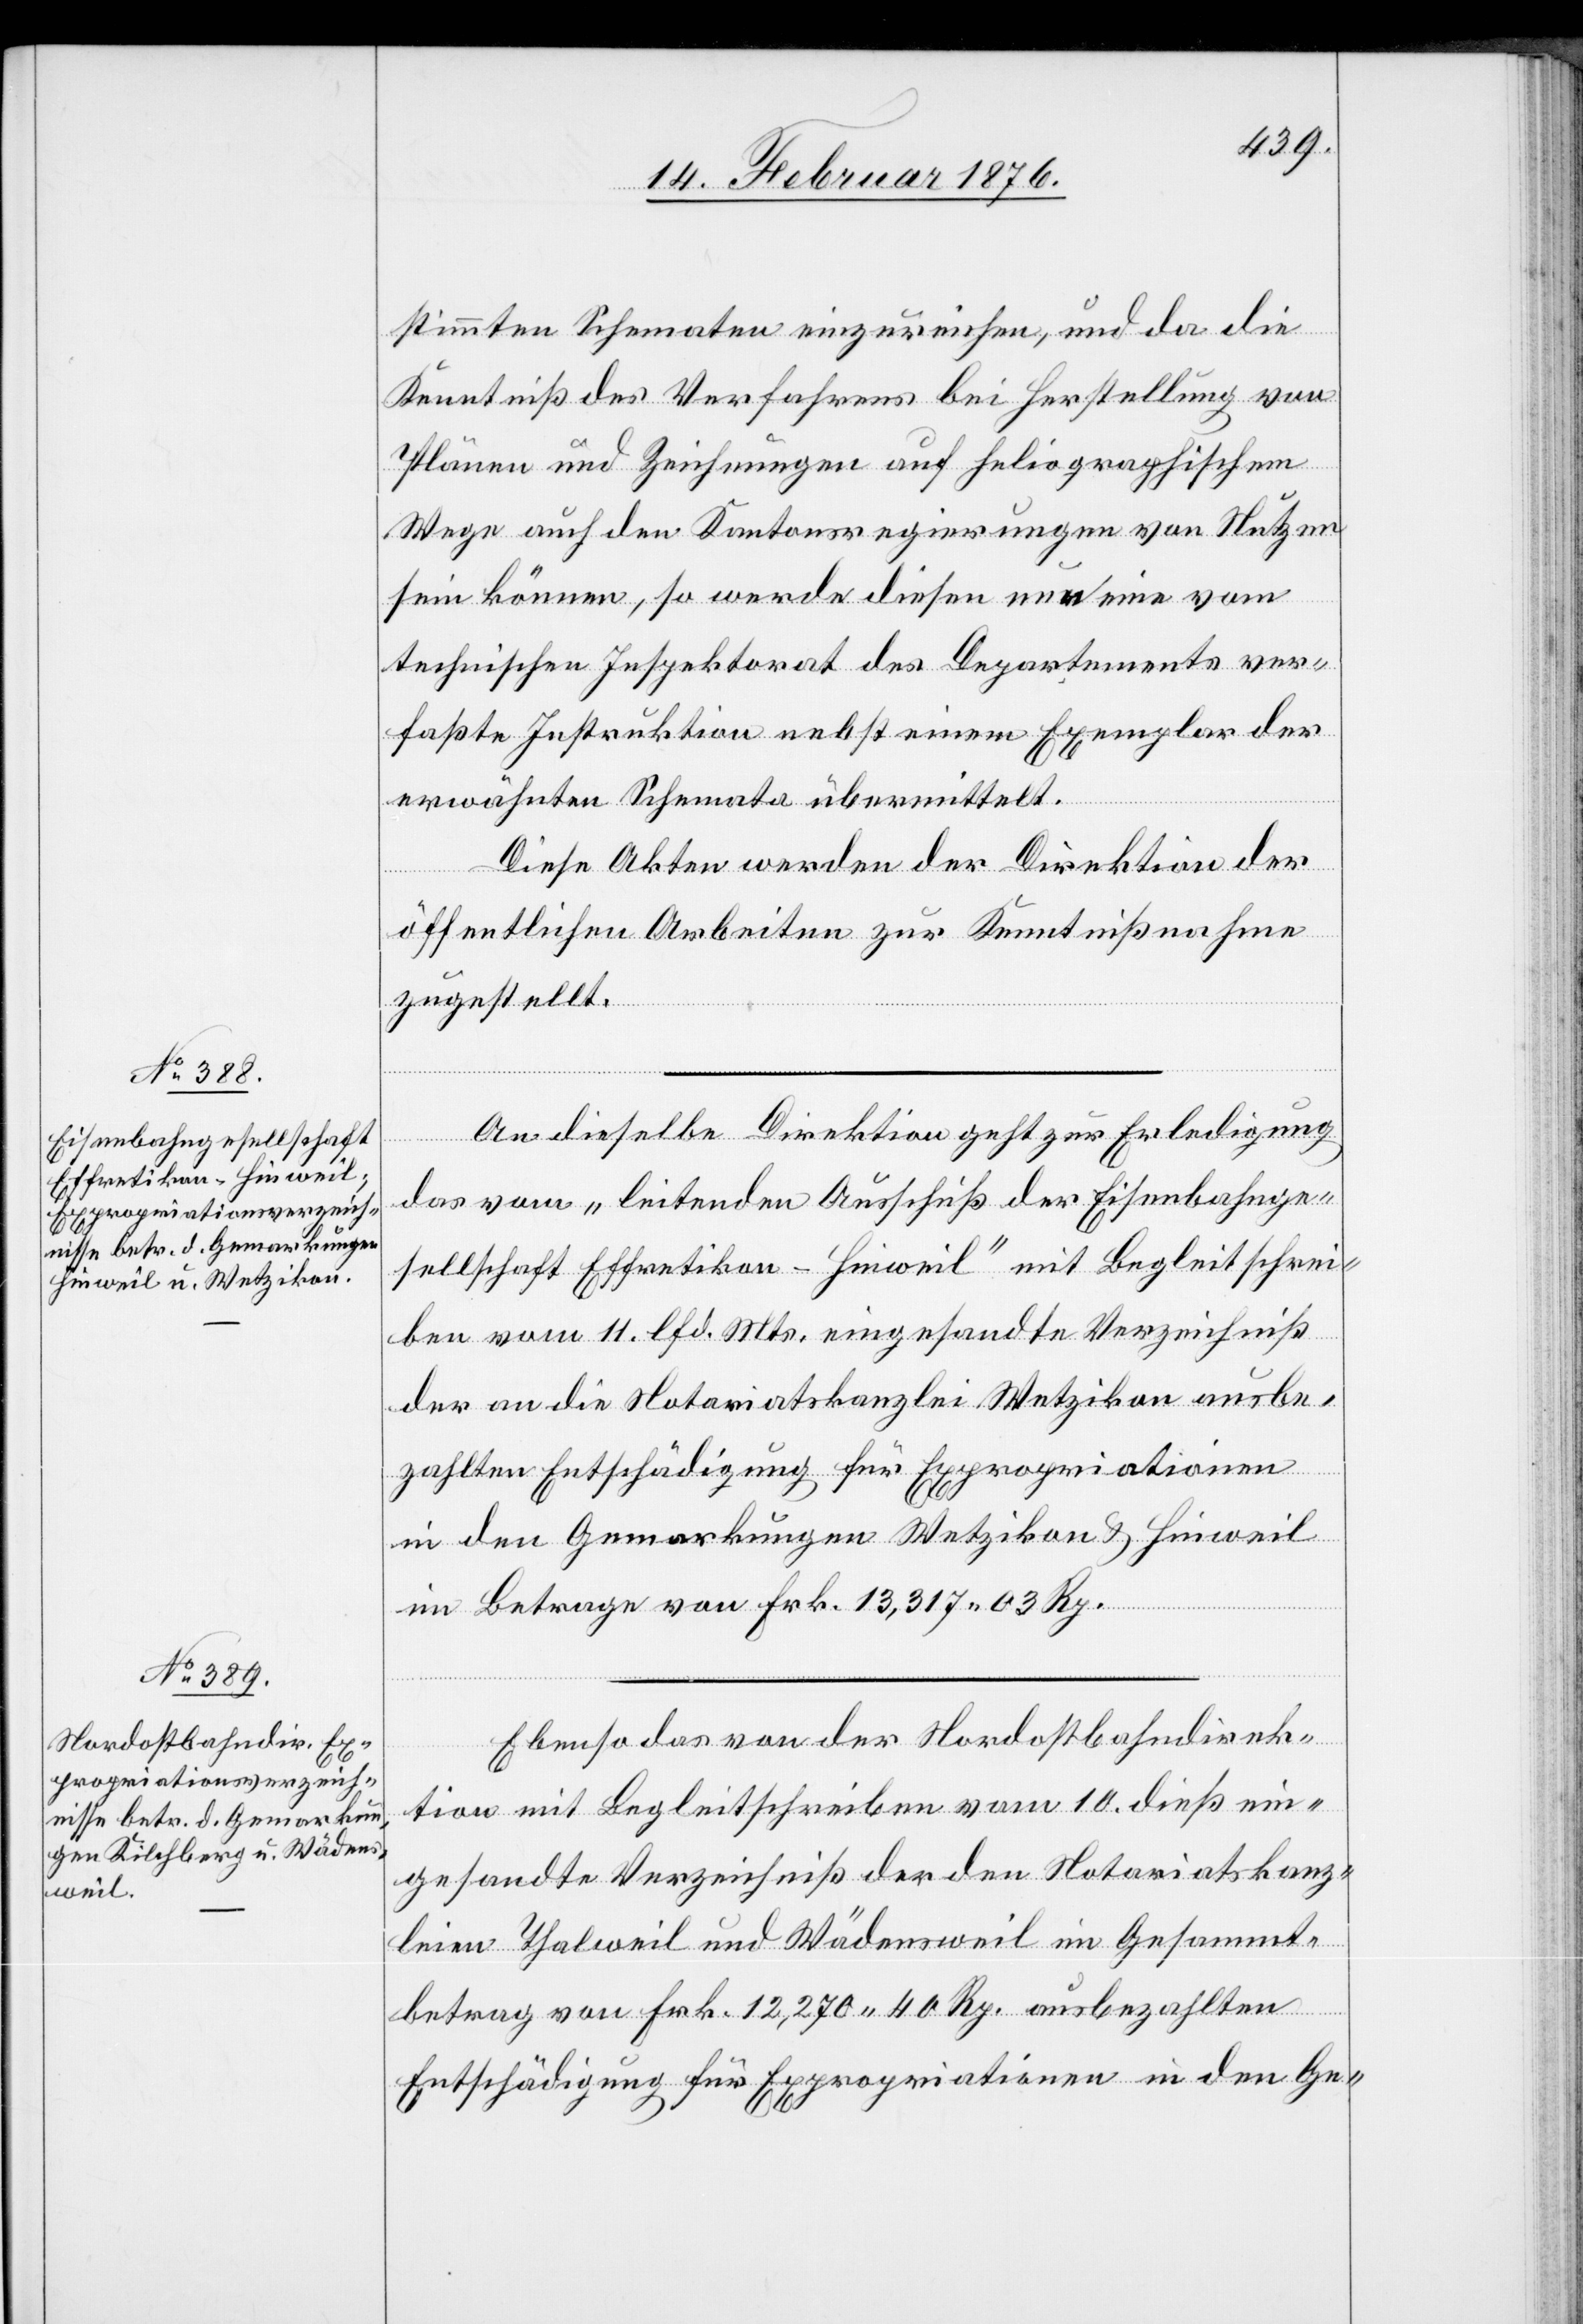
14. Februar 1876.]
stimmten Schematen einzureichen, und da die
Kenntnis des Verfahrens bei Herstellung von
Plänen und Zeichnungen auf heliographischem
Wege auch den Kantonsregierungen von Nutzen
sein können, so werde diesen neu eine vom
technischen Inspektorat des Departements ver¬
faßte Instruktion nebst einem Exemplar der
erwähnten Schemata übermittelt.
Diese Akten werden der Direktion der
öffentlichen Arbeiten zur Kenntnißnahme
zugestellt.
An dieselbe Direktion geht zur Erledigung
das vom „leitenden Ausschuß der Eisenbahnge¬
sellschaft Effretikon–Hinweil“ mit Begleitschrei¬
ben vom 11. lfd. Mts. eingesandte Verzeichniß
der an die Notariatskanzlei Wetzikon ausbe¬
zahlten Entschädigung für Expropriationen
in den Gemarkungen Wetzikon & Hinweil
im Betrage von Frk. 13,317 03 Rp.
Ebenso das von der Nordostbahndirek¬
tion mit Begleitschreiben vom 10. dieß ein¬
gesandte Verzeichniß der den Notariatskanz¬
leien Thalwil und Wädenswil im Gesammt¬
betrag von Frk. 12,270 40 Rp. ausbezahlten
Entschädigungen für Expropriationen in den Ge-